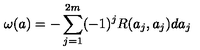
\omega ( a ) = - \sum _ { j = 1 } ^ { 2 m } ( - 1 ) ^ { j } R ( a _ { j } , a _ { j } ) d a _ { j }